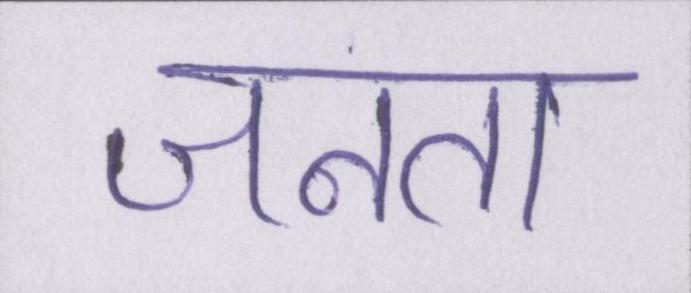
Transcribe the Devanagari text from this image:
जनता